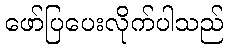
ဖော်ပြပေးလိုက်ပါသည်